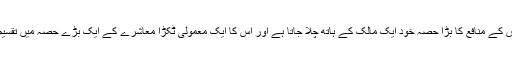
عوام الناس اپنی محنت سے جو سامان تیار کرتے ہیں، اس کے منافع کا بڑا حصہ خود ایک مالک کے ہاتھ چلا جاتا ہے اور اس کا ایک معمولی ٹکڑا معاشرے کے ایک بڑے حصہ میں تقسیم ہوتا ہے جو اس کی محنت کا عُشرِ عَشیر بھی نہیں ہوتا۔